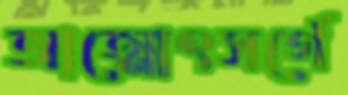
আত্মোৎসর্গে